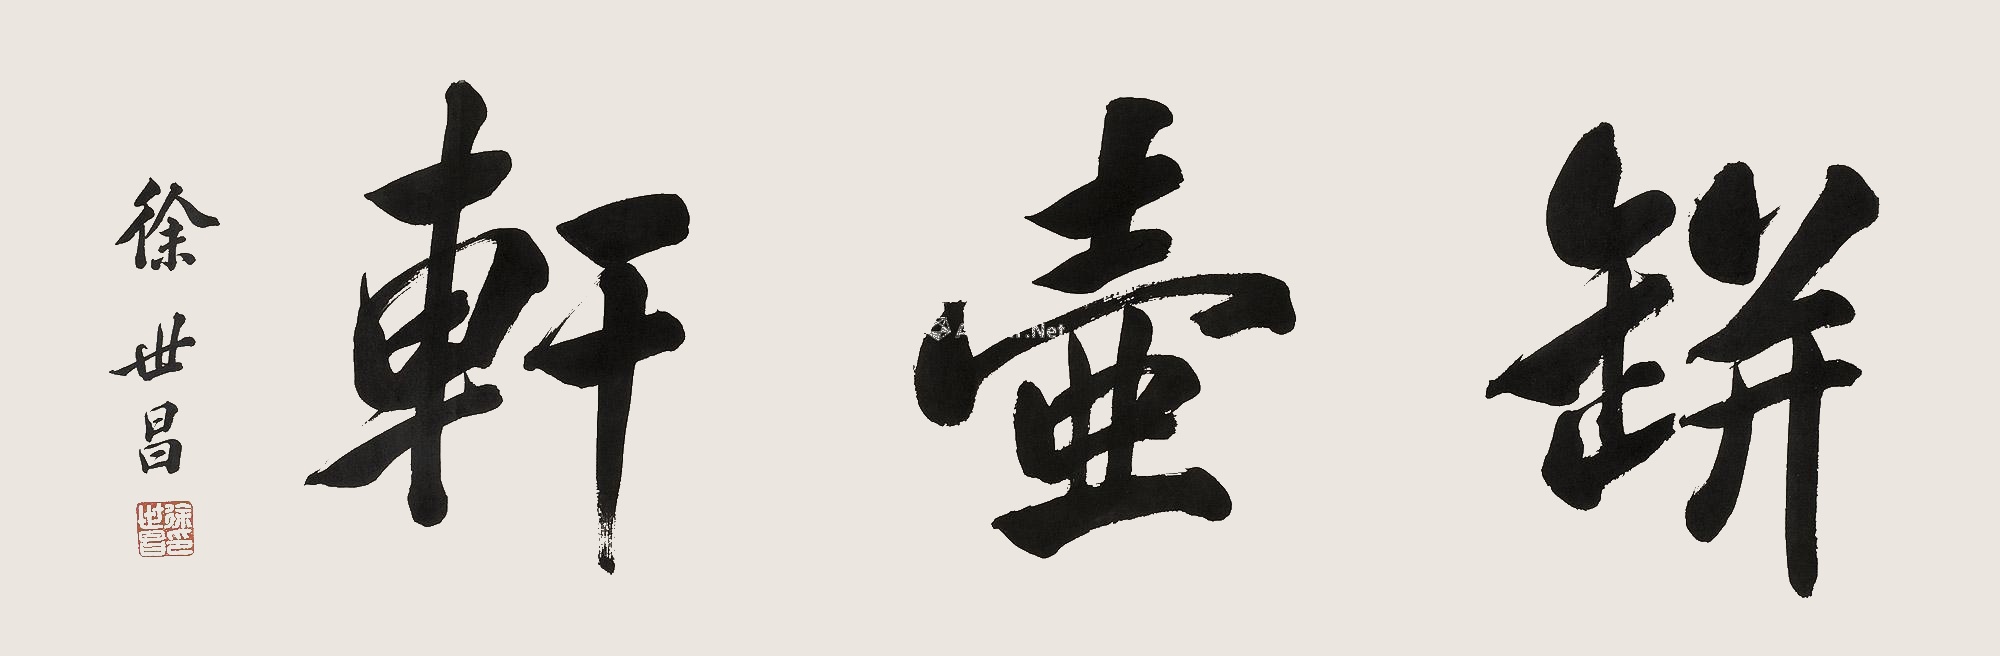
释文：瓶壶轩徐世昌印